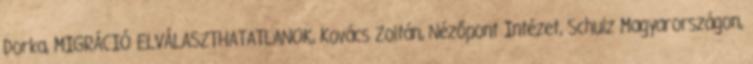
Dorka, MIGRÁCIÓ ELVÁLASZTHATATLANOK, Kovács Zoltán, Nézőpont Intézet, Schulz Magyarországon,